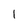
Character: 1